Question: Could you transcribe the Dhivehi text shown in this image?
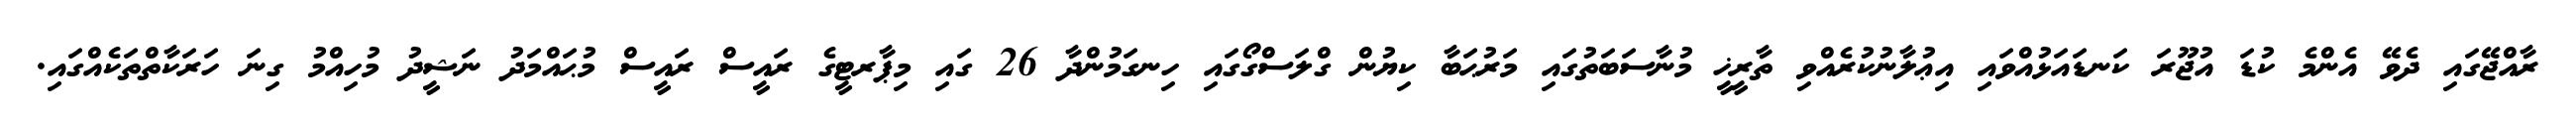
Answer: ރާއްޖޭގައި ދެވޭ އެންމެ ކުޑަ އުޖޫރަ ކަނޑައަޅުއްވައި އިޢުލާނުކުރެއްވި ތާރީޚީ މުނާސަބަތުގައި މަރުޙަބާ ކިޔުން ގްލަސްގޯގައި ހިނގަމުންދާ 26 ގައި މިޕާރޓީގެ ރައީސް ރައީސް މުޙައްމަދު ނަޝީދު މުހިއްމު ގިނަ ހަރަކާތްތަކެއްގައި.